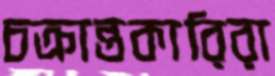
চক্রান্তকারিরা